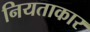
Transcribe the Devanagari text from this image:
नियताकार